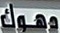
دهوك